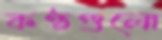
কণ্ঠগুলো